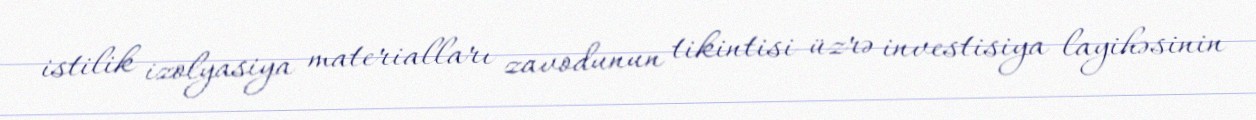
istilik izolyasiya materialları zavodunun tikintisi üzrə investisiya layihəsinin